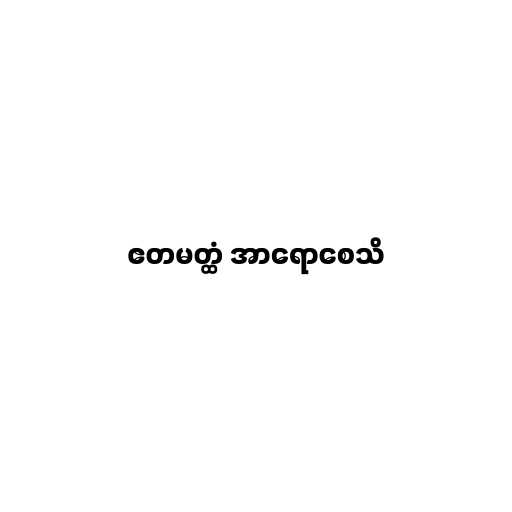
ဧတမတ္ထံ အာရောစေသိ